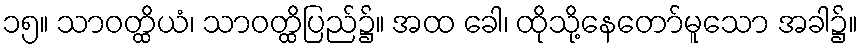
၁၅။ သာဝတ္ထိယံ၊ သာဝတ္ထိပြည်၌။ အထ ခေါ၊ ထိုသို့နေတော်မူသော အခါ၌။